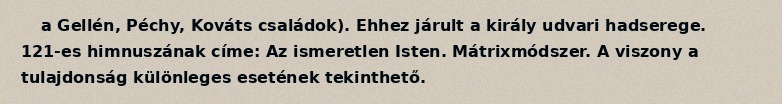
a Gellén, Péchy, Kováts családok). Ehhez járult a király udvari hadserege. 121-es himnuszának címe: Az ismeretlen Isten. Mátrixmódszer. A viszony a tulajdonság különleges esetének tekinthető.